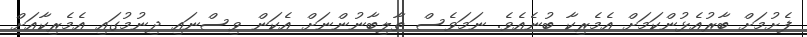
ފެށުމަށް ބާރުއެޅުންކަމަށް އެމެރިކާ ބުނެއެވެ. ނަމަވެސް ތާލިބާނުންނަށް އެކަން ވިސްނައި ދިނުމުގައި އެމެރިކާއަށް